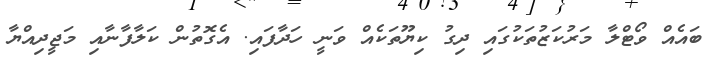
ބައެއް ވޯޓްލާ މަރުކަޒުތަކުގައި ދިގު ކިޔޫތަކެއް ވަނީ ހަދާފައި. އެގޮތުން ކަލާފާނާއި މަޖީދިއްޔާ